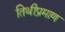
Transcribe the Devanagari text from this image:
तिथीप्रमाण